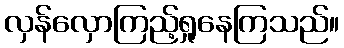
လှန်လှောကြည့်ရှုနေကြသည်။